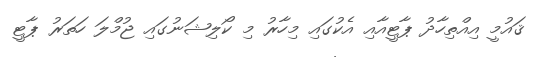
ޤައުމީ އިއްތިހާދު ޕާޓީއާއި އެކުގައި މިހާރު މި ކޯލިޝަނުގައި ޖުމްލަ ހަތަރު ޕާޓީ